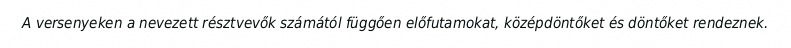
A versenyeken a nevezett résztvevők számától függően előfutamokat, középdöntőket és döntőket rendeznek.